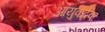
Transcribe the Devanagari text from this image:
आयुवर्द्धक